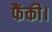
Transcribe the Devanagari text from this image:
फैंकी।